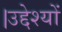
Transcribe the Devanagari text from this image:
।उद्देश्यों